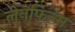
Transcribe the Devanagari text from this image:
लेनफिल्म